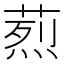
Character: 𦶣